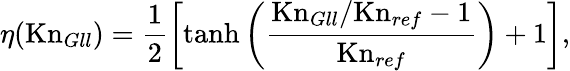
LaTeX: \eta(\mathrm{Kn}_{Gll})=\frac{1}{2}\left[\operatorname{tanh}\left(\frac{\mathrm{Kn}_{Gll}/\mathrm{Kn}_{ref}-1}{\mathrm{Kn}_{ref}}\right)+1\right],